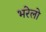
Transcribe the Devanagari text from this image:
भरेलो